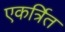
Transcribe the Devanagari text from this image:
एकर्त्रित